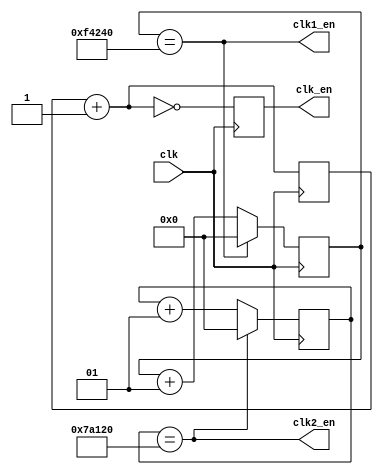
module clocker(
  // outputs
  clk_en, clk1_en, clk2_en, 
  // inputs
  clk
    );
    
  output clk_en, clk1_en, clk2_en;
  input clk;
  
  reg clk_en;
  
  initial
  begin
    clk_dv = 0;
    clk1_dv = 0;
    clk2_dv = 0;
  end
  
  reg [1:0] clk_dv;
  always @ (posedge clk)
  begin
    clk_dv = clk_dv + 1;
    clk_en = (clk_dv == 0);
  end

  integer clk1_dv;
  wire clk1_en = (clk1_dv == 1000000);
  always @ (posedge clk)
  if (clk1_en)
    clk1_dv <= 0;
  else
    clk1_dv <= clk1_dv + 1;
    
  integer clk2_dv;
  wire clk2_en = (clk2_dv == 500000);
  always @ (posedge clk)
  if (clk2_en)
    clk2_dv <= 0;
  else
    clk2_dv <= clk2_dv + 1;


endmodule